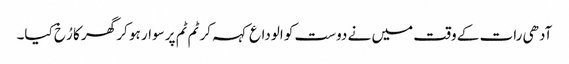
آدھی رات کے وقت میں نے دوست کو الوداع کہہ کر ٹم ٹم پر سوار ہو کر گھر کا رُخ کیا۔